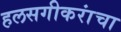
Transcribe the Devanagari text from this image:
हलसगीकरांचा